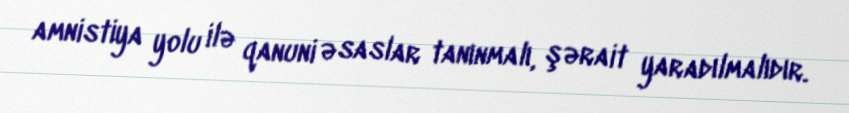
amnistiya yolu ilə qanuni əsaslar tanınmalı, şərait yaradılmalıdır.